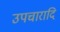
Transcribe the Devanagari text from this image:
उपचारादि